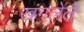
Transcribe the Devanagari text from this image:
खंगलेले